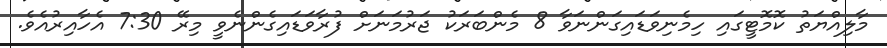
މާލިއްޔަތު ކޮމޮޓީގައި ހިމެނިވަޑައިގަންނަވާ 8 މެންބަރަކު ޖަރުމަނަށް ފުރާވަޑައިގެންނެވީ މިރޭ 7:30 އެހާއިރުއެވެ.